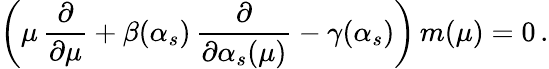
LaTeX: \bigg(\mu\, {\frac{\partial}{\partial\mu}}+\beta(\alpha_{s})\, {\frac{\partial}{\partial\alpha_{s}(\mu)}}-\gamma(\alpha_{s})\bigg)\, m(\mu)=0\, .